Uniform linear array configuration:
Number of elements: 64
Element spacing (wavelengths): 1
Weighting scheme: cosine
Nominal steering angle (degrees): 0
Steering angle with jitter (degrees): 1.015
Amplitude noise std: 0.05
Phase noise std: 0.05

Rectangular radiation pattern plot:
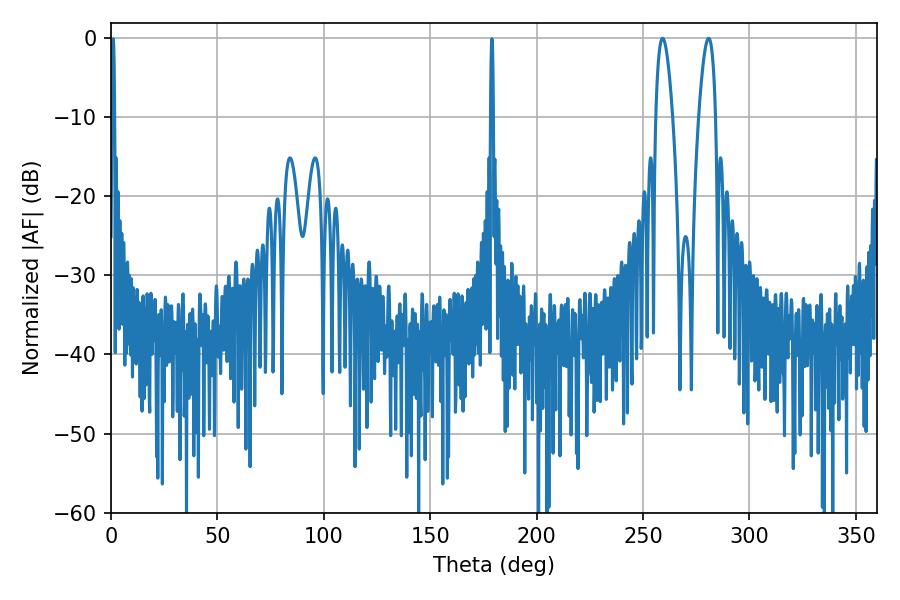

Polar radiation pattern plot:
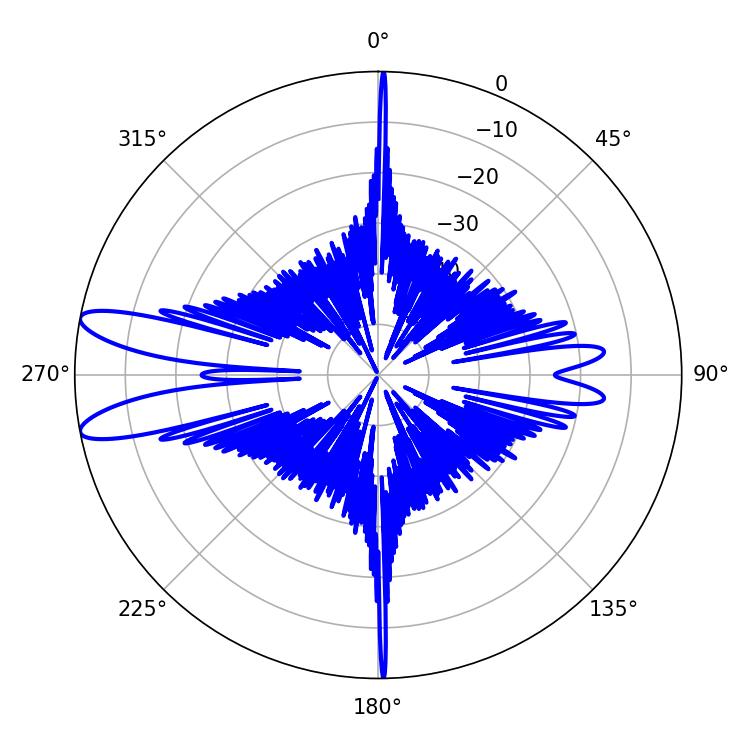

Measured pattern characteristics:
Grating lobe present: TRUE
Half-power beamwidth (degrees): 4.32
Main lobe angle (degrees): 259.2